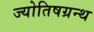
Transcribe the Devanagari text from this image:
ज्योतिषग्रन्थ